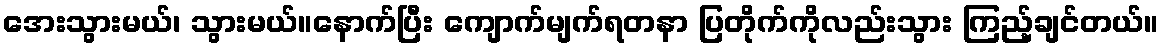
အေးသွားမယ်၊ သွားမယ်။နောက်ပြီး ကျောက်မျက်ရတနာ ပြတိုက်ကိုလည်းသွား ကြည့်ချင်တယ်။